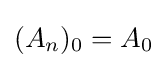
(A_{n})_{0}=A_{0}